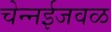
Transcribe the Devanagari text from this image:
चेन्‍नईजवळ